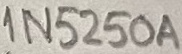
Text: 1N5250A